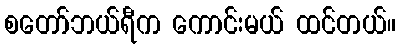
စတော်ဘယ်ရီက ကောင်းမယ် ထင်တယ်။